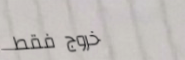
خروج فقط